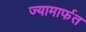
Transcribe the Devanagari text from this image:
ज्यामार्फत